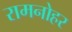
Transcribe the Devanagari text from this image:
रामनोहर